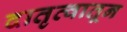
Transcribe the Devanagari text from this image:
दातृत्वातून